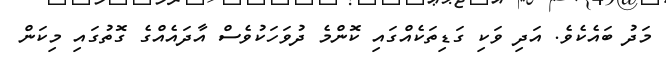
މަދު ބައެކެވެ. އަދި ވަކި ގަޑިތަކެއްގައި ކޮންމެ ދުވަހަކުވެސް އާދައެއްގެ ގޮތުގައި މިކަން